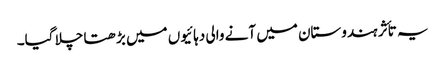
یہ تأثر ہندوستان میں آنے والی دہائیوں میں بڑھتا چلا گیا۔